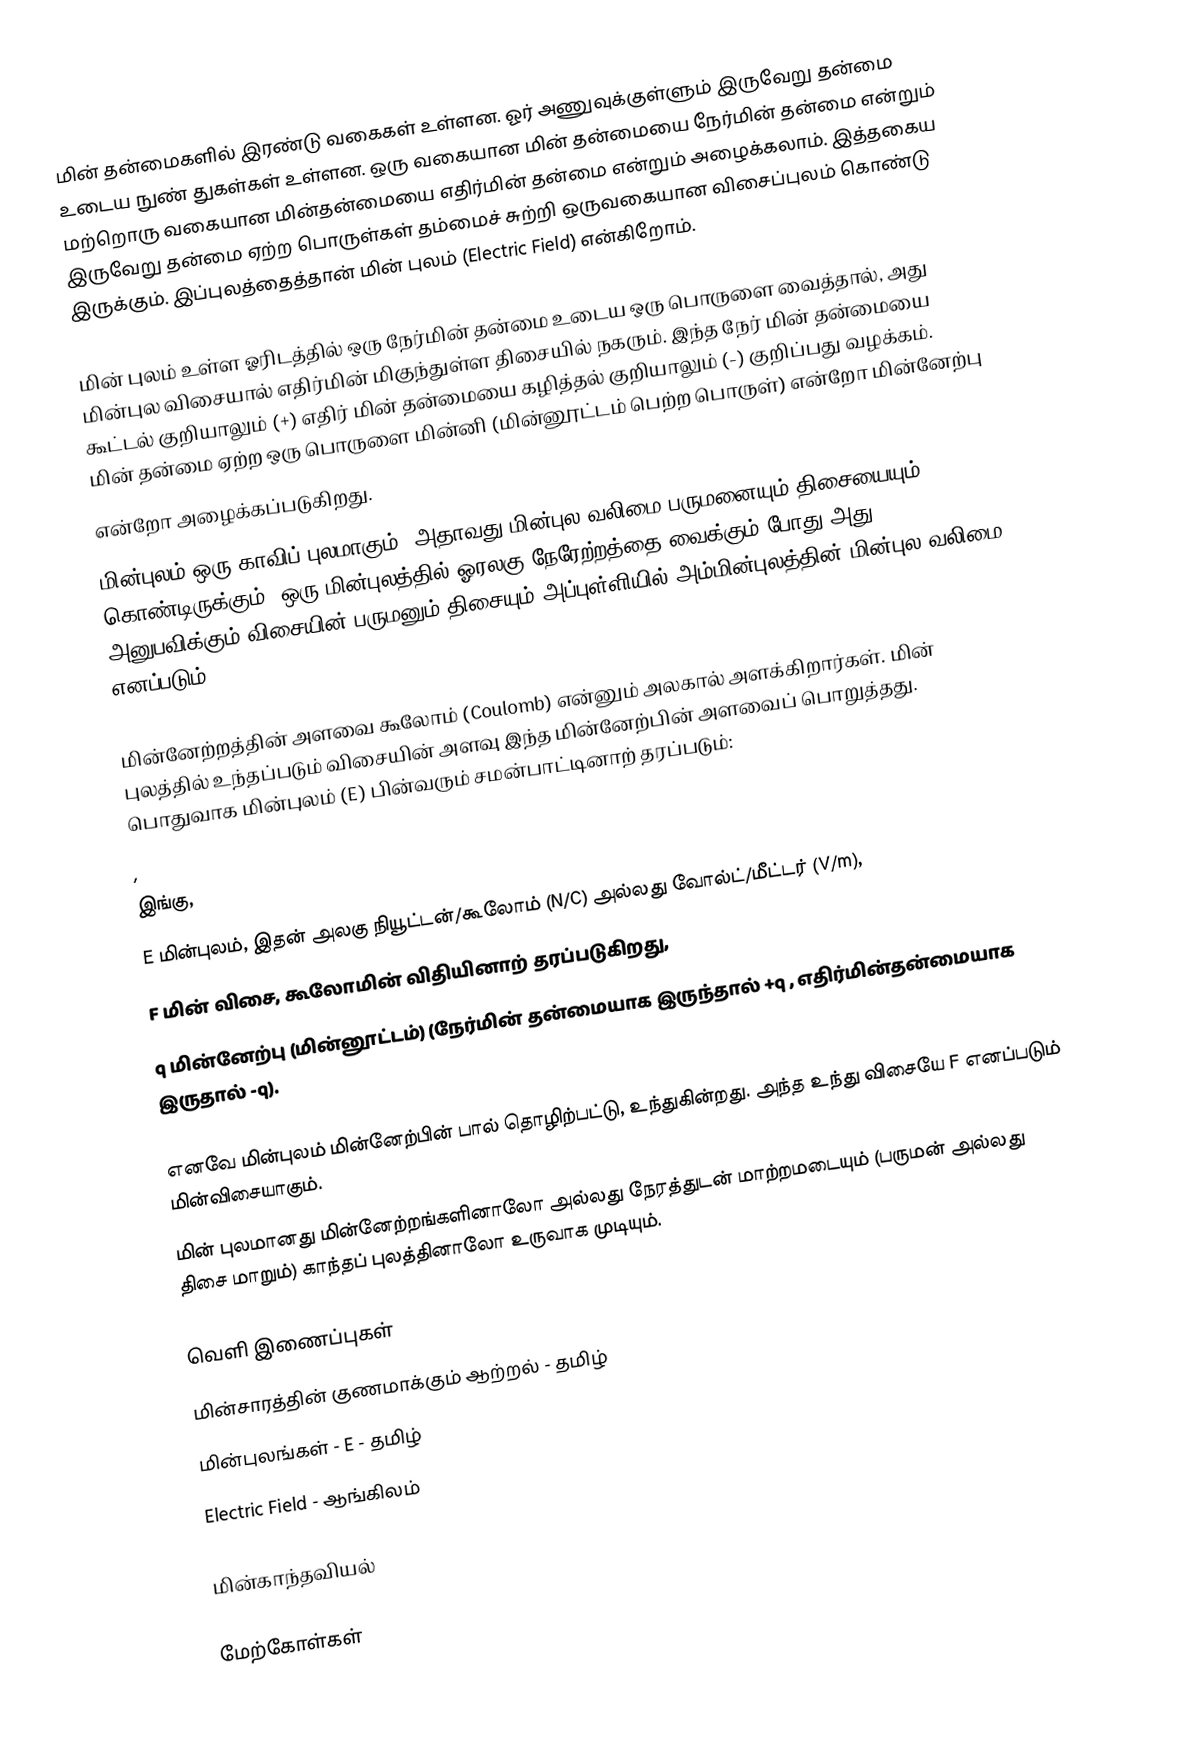
மின் தன்மைகளில் இரண்டு வகைகள் உள்ளன. ஓர் அணுவுக்குள்ளும் இருவேறு தன்மை உடைய நுண் துகள்கள் உள்ளன. ஒரு வகையான மின் தன்மையை நேர்மின் தன்மை என்றும் மற்றொரு வகையான மின்தன்மையை எதிர்மின் தன்மை என்றும் அழைக்கலாம். இத்தகைய இருவேறு தன்மை ஏற்ற பொருள்கள் தம்மைச் சுற்றி ஒருவகையான விசைப்புலம் கொண்டு இருக்கும். இப்புலத்தைத்தான் மின் புலம் (Electric Field) என்கிறோம்.

மின் புலம் உள்ள ஓரிடத்தில் ஒரு நேர்மின் தன்மை உடைய ஒரு பொருளை வைத்தால், அது மின்புல விசையால் எதிர்மின் மிகுந்துள்ள திசையில் நகரும். இந்த நேர் மின் தன்மையை கூட்டல் குறியாலும் (+) எதிர் மின் தன்மையை கழித்தல் குறியாலும் (-) குறிப்பது வழக்கம். மின் தன்மை ஏற்ற ஒரு பொருளை மின்னி (மின்னூட்டம் பெற்ற பொருள்) என்றோ மின்னேற்பு
என்றோ அழைக்கப்படுகிறது.
மின்புலம் ஒரு காவிப் புலமாகும். அதாவது மின்புல வலிமை பருமனையும் திசையையும் கொண்டிருக்கும். ஒரு மின்புலத்தில் ஓரலகு நேரேற்றத்தை வைக்கும் போது அது அனுபவிக்கும் விசையின் பருமனும் திசையும் அப்புள்ளியில் அம்மின்புலத்தின் மின்புல வலிமை எனப்படும்.

மின்னேற்றத்தின் அளவை கூலோம் (Coulomb) என்னும் அலகால் அளக்கிறார்கள். மின் புலத்தில் உந்தப்படும் விசையின் அளவு இந்த மின்னேற்பின் அளவைப் பொறுத்தது. பொதுவாக மின்புலம் (E) பின்வரும் சமன்பாட்டினாற் தரப்படும்:
,
இங்கு,
 E மின்புலம், இதன் அலகு நியூட்டன்/கூலோம் (N/C) அல்லது வோல்ட்/மீட்டர் (V/m),
 F மின் விசை, கூலோமின் விதியினாற் தரப்படுகிறது,
 q மின்னேற்பு (மின்னூட்டம்) (நேர்மின் தன்மையாக இருந்தால் +q , எதிர்மின்தன்மையாக இருதால் -q).

எனவே மின்புலம் மின்னேற்பின் பால் தொழிற்பட்டு, உந்துகின்றது. அந்த உந்து விசையே F எனப்படும் மின்விசையாகும்.
மின் புலமானது மின்னேற்றங்களினாலோ அல்லது நேரத்துடன் மாற்றமடையும் (பருமன் அல்லது திசை மாறும்) காந்தப் புலத்தினாலோ உருவாக முடியும்.

வெளி இணைப்புகள்
 மின்சாரத்தின் குணமாக்கும் ஆற்றல் - தமிழ்
 மின்புலங்கள் - E - தமிழ்
 Electric Field - ஆங்கிலம்

மின்காந்தவியல்

மேற்கோள்கள்